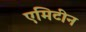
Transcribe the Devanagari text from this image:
एमिटीन